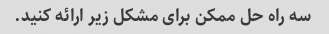
سه راه حل ممکن برای مشکل زیر ارائه کنید.